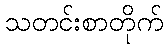
သတင်းစာတိုက်